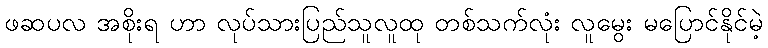
ဖဆပလ အစိုးရ ဟာ လုပ်သားပြည်သူလူထု တစ်သက်လုံး လူမွေး မပြောင်နိုင်မဲ့